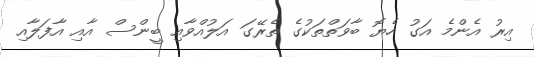
އިރު އެންމެ އަގު ހެޔޮ ބާވަތްތަކުގެ ތެރޭގަ އަލުއްވާއި ބީންސް އާއި އާފަލާއި